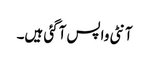
آنٹی واپس آگئی ہیں۔